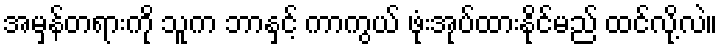
အမှန်တရားကို သူက ဘာနှင့် ကာကွယ် ဖုံးအုပ်ထားနိုင်မည် ထင်လို့လဲ။